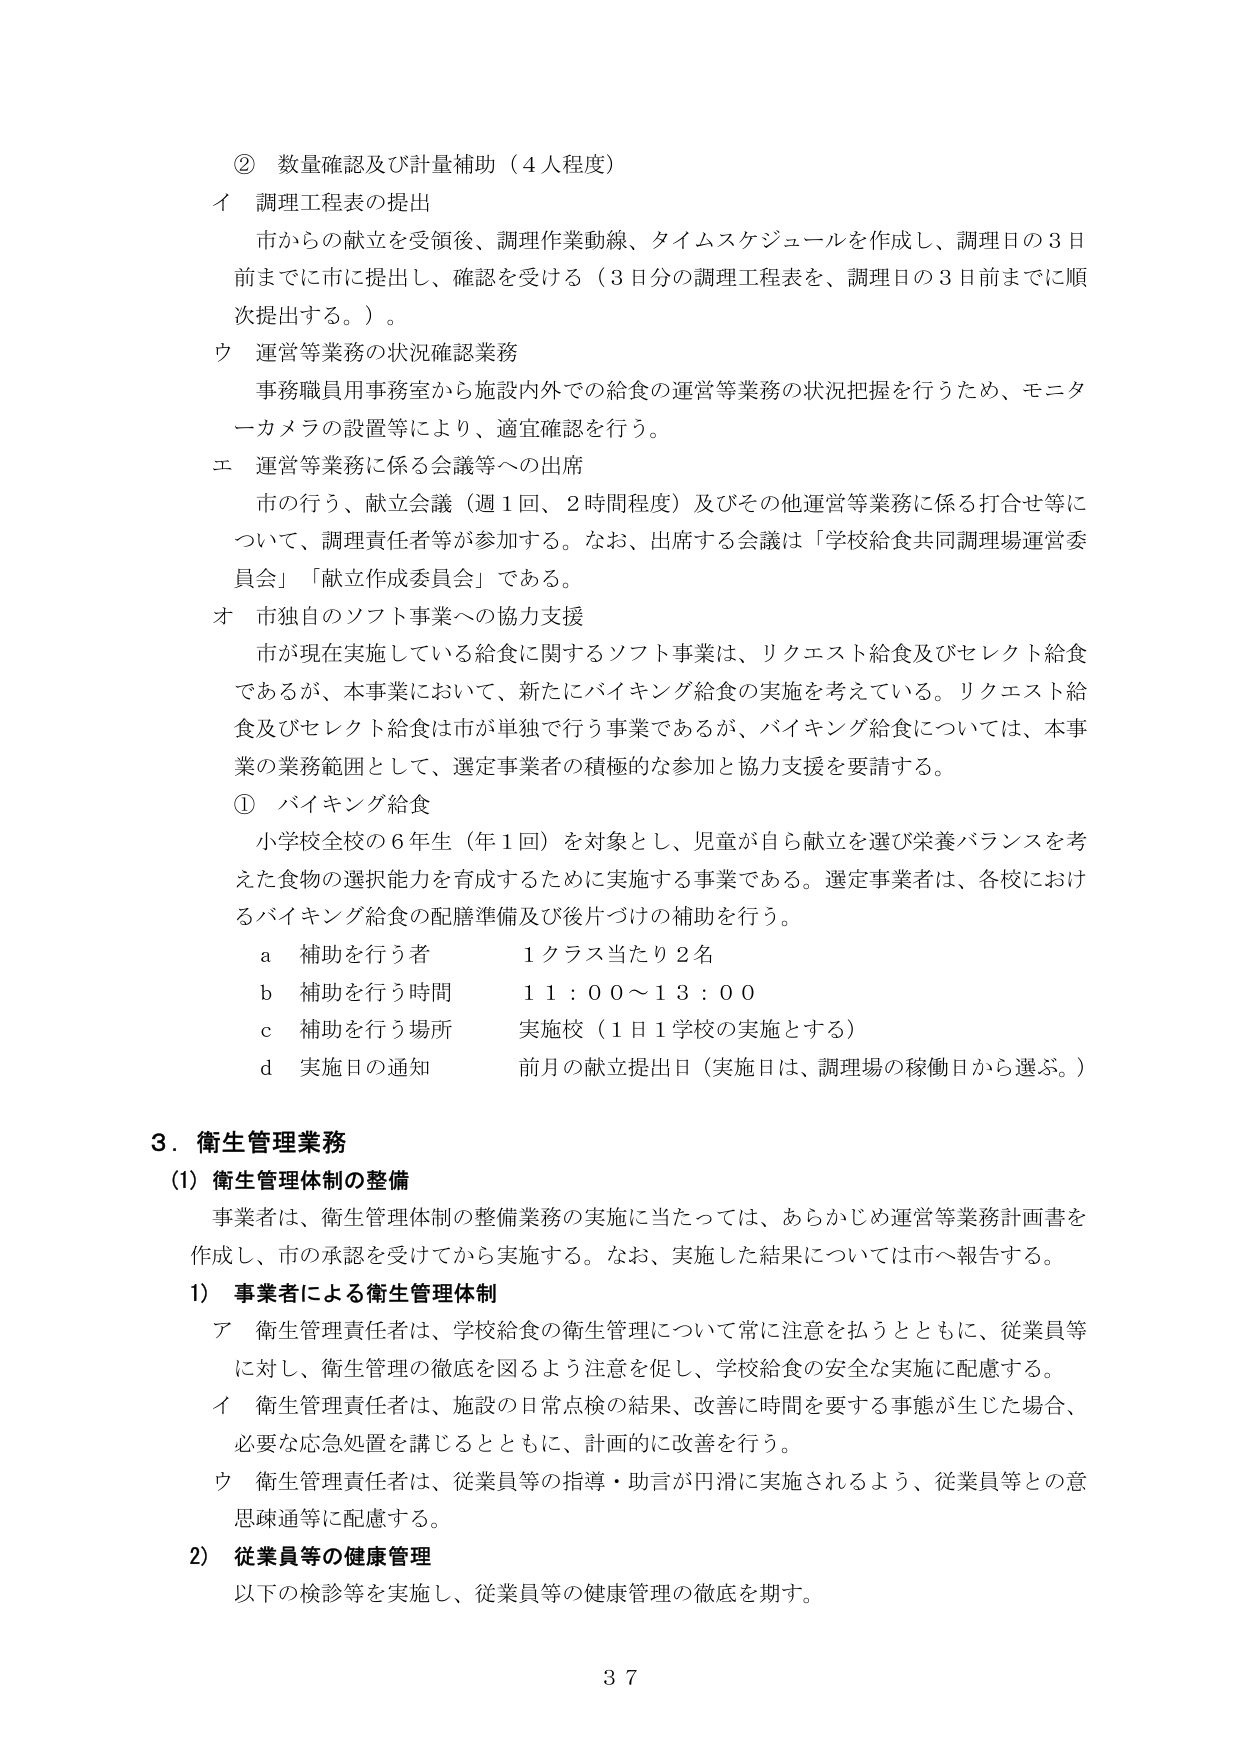
② 数量確認及び計量補助（４人程度）
イ 調理工程表の提出
市からの献立を受領後、調理作業動線、タイムスケジュールを作成し、調理日の３日前までに市に提出し、確認を受ける（３日分の調理工程表を、調理日の３日前までに順次提出する。）。
ウ 運営等業務の状況確認業務
事務職員用事務室から施設内外での給食の運営等業務の状況把握を行うため、モニターカメラの設置等により、適宜確認を行う。
エ 運営等業務に係る会議等への出席
市の行う、献立会議（週１回、２時間程度）及びその他運営等業務に係る打合せ等について、調理責任者等が参加する。なお、出席する会議は「学校給食共同調理場運営委員会」「献立作成委員会」である。
オ 市独自のソフト事業への協力支援
市が現在実施している給食に関するソフト事業は、リクエスト給食及びセレクト給食であるが、本事業において、新たにバイキング給食の実施を考えている。リクエスト給食及びセレクト給食は市が単独で行う事業であるが、バイキング給食については、本事業の業務範囲として、選定事業者の積極的な参加と協力支援を要請する。
① バイキング給食
小学校全校の６年生（年１回）を対象とし、児童が自ら献立を選び栄養バランスを考えた食物の選択能力を育成するために実施する事業である。選定事業者は、各校におけるバイキング給食の配膳準備及び後片づけの補助を行う。
a 補助を行う者 １クラス当たり２名
b 補助を行う時間 １１：００～１３：００
c 補助を行う場所 実施校（１月１学校の実施とする）
d 実施日の通知 前月の献立提出日（実施日は、調理場の稼働日から選ぶ。）

３．衛生管理業務
(1) 衛生管理体制の整備
事業者は、衛生管理体制の整備業務の実施に当たっては、あらかじめ運営等業務計画書を作成し、市の承認を受けてから実施する。なお、実施した結果については市へ報告する。
1) 事業者による衛生管理体制
ア 衛生管理責任者は、学校給食の衛生管理について常に注意を払うとともに、従業員等に対し、衛生管理の徹底を図るよう注意を促し、学校給食の安全な実施に配慮する。
イ 衛生管理責任者は、施設の日常点検の結果、改善に時間を要する事態が生じた場合、必要な応急処置を講じるとともに、計画的に改善を行う。
ウ 衛生管理責任者は、従業員等の指導・助言が円滑に実施されるよう、従業員等との意思疎通等に配慮する。
2) 従業員等の健康管理
以下の検診等を実施し、従業員等の健康管理の徹底を期す。

37